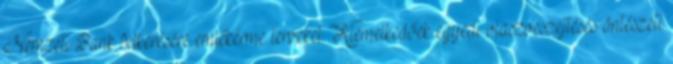
Nemzeti Bank felkérésére emlékérme terveket. Kiemelkedőek egyedi viaszveszejtéses öntészeti